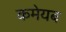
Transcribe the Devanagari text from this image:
कमेयब